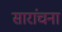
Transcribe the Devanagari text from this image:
सारांचना